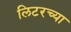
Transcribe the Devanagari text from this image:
लिटरच्या